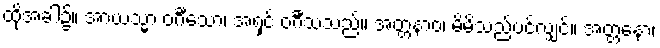
ထိုအခါ၌။ အာယသ္မာ ဝင်္ဂီသော၊ အရှင် ဝင်္ဂီသသည်။ အတ္တနာဝ၊ မိမိသည်ပင်လျှင်။ အတ္တနော၊